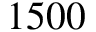
1 5 0 0